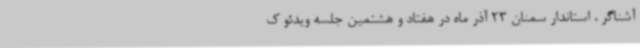
آشناگر ، استاندار سمنان 23 آذر ماه در هفتاد و هشتمین جلسه ویدئو ک